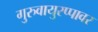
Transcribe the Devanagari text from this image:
गुरुवायुरप्पावर